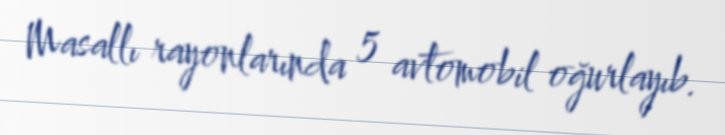
Masallı rayonlarında 5 avtomobil oğurlayıb.